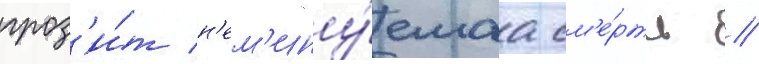
гроз'и́т н'ем'ину́емаа см'е́рть //